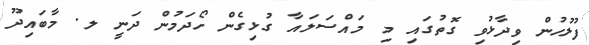
ފުލުހުން ވިދާޅުވި ގޮތުގައި މި މައްސަލައާ ގުޅިގެން ހޯދަމުން ދަނީ ލ. މާބައިދޫ